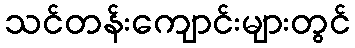
သင်တန်းကျောင်းများတွင်